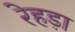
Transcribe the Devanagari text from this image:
रेहड़ा